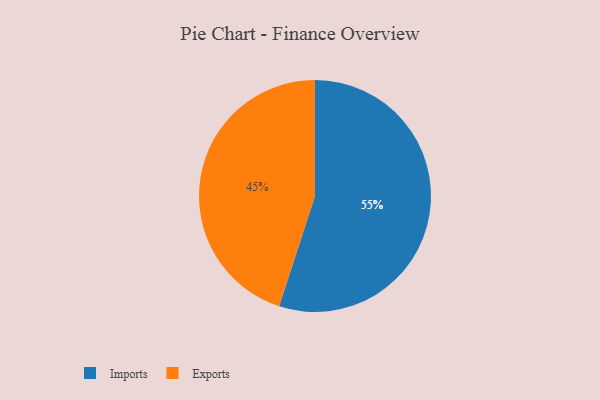
{"axis": {"x": "Category", "y": "Percentage"}, "legend": ["Exports", "Imports"], "data": [{"x": "Exports", "y": 45, "type": "Exports"}, {"x": "Imports", "y": 55, "type": "Imports"}]}